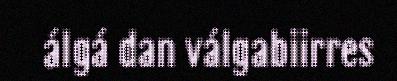
álgá dan válgabiirres